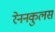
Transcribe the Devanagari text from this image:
रेननकुलस